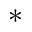
^ *